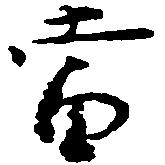
当